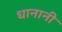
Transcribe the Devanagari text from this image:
धानानी